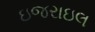
ઇજરાઇલ